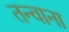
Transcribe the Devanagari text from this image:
तन्वाना